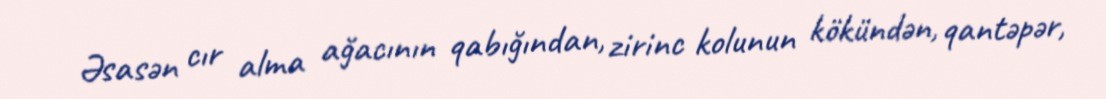
Əsasən cır alma ağacının qabığından, zirinc kolunun kökündən, qantəpər,